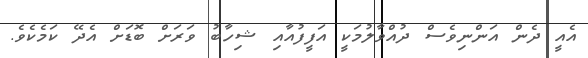
އެއީ ދެން އަންނިވެސް ދުއްވާލުމަކީ އަފީފުއާއި ޝިހާބު ވަރަށް ބޮޑަށް އެދޭ ކަމެކެވެ.